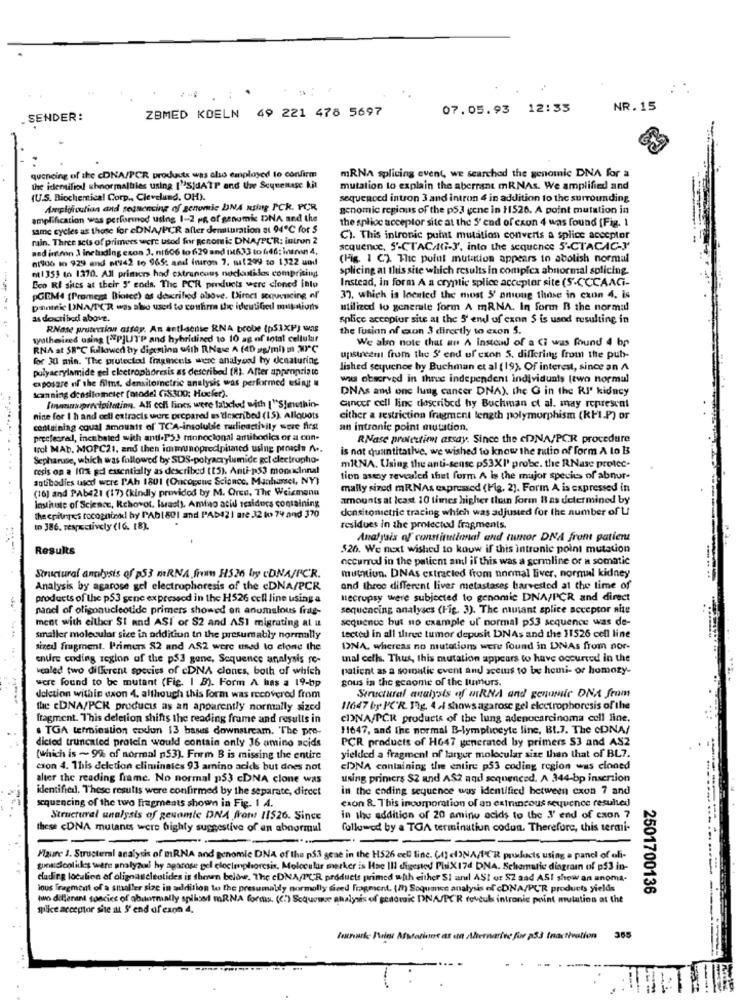
...
ZBMED KOELN 49 221 478 5697
07.05.93 12:35
NR. 15
SENDER:
mRNA splicing event, we searched the genomic DNA for a
queneing of the cDNA/PCR products was also emplayed to confirm
the identified shnormalties using ['S)dATP and the Sequenase kit
mutation to explain the aberrant mRNAs. We amplified and
(U.S. Biochemical Corp ., Cleveland, OH).
sequenced intron 3 and intron 4 in addition to the surrounding
Amplofculian and sequencing of genomic DNA using PCK. PCR,
genomic regions of the p53 gene in 11526. A point mutation in
amplification was performed using 1-2 pg of genomk DNA and the
the splice acceptor site at the S'end of exon 4 was found [Fig. 1
same cycles as those for cDNA/PCR after demturation at 94℃ for S
main. Three sets of primers were used for genomic DNA/PC'R: intron 2
C). This intronic point mutation converts a splice accepter
ned intron 3 including exon 3. ni606 to 629 and'nt633 to 6.46: inin 4,
sequence, S'-CTAC/G-J', into the sequence 5'-CTACAC-J'
01906 to 929 and ats42 to 965: and iniron 7. mat 299 to 1322 und
(Fig. 1 C). The polut mutation appears to abolish normal
m1 355 to 1370. All primers had extraneous nechalidos comprising
splicing at this site which results in complex abnormal splicing
Instead, in form A a cryptic splice accepter site (S.CCCAAGi-
Beo RI shes at their 5' eods. The PCR products were cloned into
pGEM4 [Promegt Biotec) as described above. Direct sequencing of
37, which is located the most 5' among those in exon 4. is
Danteic DNA/TCR was sho used to confirm the identified muktions
utilized to generate form A mRNA. In form B the normal
as described above.
splice accopior site at the 5' end of czon $ is used resulting in
RNase pruterian altay. An antlaense RNA brobe (p51XP) was
the fusion of exon 3 directly to exon S.
synthesized using ["PJUTP and hybridized to 10 ag of total cellular
We also note that au A instead of a Ci was found 4 bp
RNA at 58℃ fuallowed by digesting with R.Na A (40 g/ml) m XP"℃
for 30 min. "The protected fragments were analyand hy denaturing
upstreeni from the S' end uf exon 5. differing from the pub-
polyacrylamide gel electrophoresis as described (8). After appropriate
lished sequence by Buchman et al (19). Of interest, since an A
casposare of the films, densitometric analysis was performed using .
was observed in three independent individuals (two normal
Scanning densitometer [model (iS300; Hucfer).
DNAs and one lung cancer DNA). the G in the RI' kidney
finnprecipitation, All coff Fines were labeled with [ ""S!muthin-
cancer cell line described by Buchman et al. may represent
nine for I h and cell extracts were prepared as described (15). Allquots
either a restriction fragment length polymorphism (RFI.P) or
containing coval amounts of' TCA-insoluble radioactivity were first
an intronic point mutation,
peccleared !, incubated with anti.PSJ monoclonal amibodics or a con-
RNase protection assay. Since the cDNA/PCR procedure
trol MAb. MOPC21, and then immunopredphased using proach A ..
is not quantitative, we wished to know the mutio of form A to B
Sepharuse, which was followed by SDS-polyacrylumide gel electropho-
cesis on a 10% pdl essentially as described (15). Anti-ps3 monudinnal
mRNA. Using the anti-sense p53XI' probe. the RNase protec-
antibodies used were PAh 1801 (Oncogene Science, Manhassel, NY}
tion asexy revealed thet form A is the major species of abnur-
(16) and PAb421 (17) (kindly provided by M. Oren, The Weismann
mally sized mRNAs expressed (Fig. 2). Form A is expressed in
Institute of Science, Rehovot. Iarach), Amino acid residurs containing
amounts at least 10 times higher than form B as determined by
densitonictric tracing which was adjusted for the number of L
the epitries tocognined by PAb1801 and PAD421 are 32 lo 74 and 370
to 386, respectively (16. [8).
residues in the protected fragments.
Analysis of constitutional and tumor DNA front patient
Results
$26. We next wished to kouw if this intronic point mutation
occurred in the patient anl if this was a sermline or a somatic
Structural analysis of p53 mRNA fim H526 by cDNA/PCR.
mutation. DNAs extracted from normal liver, normal kidney
Analysis by agarose gel electrophoresis of the cDNA/PCR
and three different lives metastases harvested at the time of
products of the p53 sene expressed in the H526 cell line using a
Recrupsy were subjected to genomic DNA/PCR and direct
nand of oligonucleotide primers showed en anomalous frag-
sequencing analyses (Fig. 3). The mutant splice acceptor nite
ment with either SI and ASI or S2 and ASI migrating at a
sequence but no example uf normal p53 sequence was de-
smaller molecular sice in addition to the presumably normally
tected in all three tumor depusit DNAs and the 11526 cell line
sized fragment. Primers 82 and AS2 were used to clone the
DNA, whereas no mutations were found in DNAs from nor-
entre coding region of the ps3 gone, Sequence analysis re-
mal cell. Thus, this mutation appears to have occurred in the
vealed two different species of cDNA clones, both of which
patient as a somalie event and seems to be hemi- or homozy-
were found to be mutant (Fig. 1 8). Form A has a 19-bp
gous in the genome of the lumurs.
deletion within cson 4. although this form was recovered from
Structural analysis of wRNA and genomic DNA from
the cDNA/PCK products as an apparently normally sized
11647 by PC'R. Fig. 4 . shows agarose gel electrophoresis of the
fragment. This deletion shifts the reading frame and results in
CINA/PCR products of the lung adenocarcinoma coll line.
. TGA termination coxdun 13 bases downstream. The pre-
11647, and the normal B-lymphocyte line, Bt.7. The cDNA/
dicied truncated protein would contain only 16 amino acids
PCR products of H647 generated by primers S3 and AS2
(which is ~ 9% of normal p53). Form B is missing the entire
yielded a fragment of larger molecular size than that of BL7.
cxon 4. This deletion eliminates 93 amino acids but does not
EDNA containing the entire p53 coding region was cloned
alter the reading frame. No normal 153 cDNA clone was
using primers $2 and A$2 and sequenced. A 344-bp insertion
identified. These results were confirmed by the separate, dircet
in the ending sequence was identified between exon 7 and
sequencing of the two fragments shown in Fig. 1 4.
cxon 8. This incorporation of an extrancous sequence resulted
Structural unalysis of genomic DNA from 11526. Since
in the addition of 20 amino acids to the 3' end of exon 7
these cDNA mutants were highly suggestive of an abnormal
followed by a TOA terminatiun codun. Therefore, this termi-
-
Maure J. Structural analysis of BRNA and genomic DNA of the p5.3 gene in the H526 cell line. (t) cf)NA/1'CR pushacts using a panci of ofi-
gunticicolides were analysod hy agarose gel eloclenphoresis. Molecular merker is He Ill digested PhiX17d DNA. Schematic diagram of p53 in-
dudirg localion of oligoascleotides is then below. The cDNA/PUR products primed with either SI anıl ASI or SZ sad ASI show an anoma-
ious fragment of a smaller size in addition to the presumably normally sized Fragment. ( !! ) Soquance analysis of cDNA/PCR products yields
2501700136
two differant soncies of abuormally spiluset mRNA formas. (C.) Scquowoe analysis of grilovaic DNA/PYR rolcul intronic point mulation at the
spilice acceptor site il S' end of exo 4.
Instruke Pris Msforint as an Alternative for p33 tnactivation
365